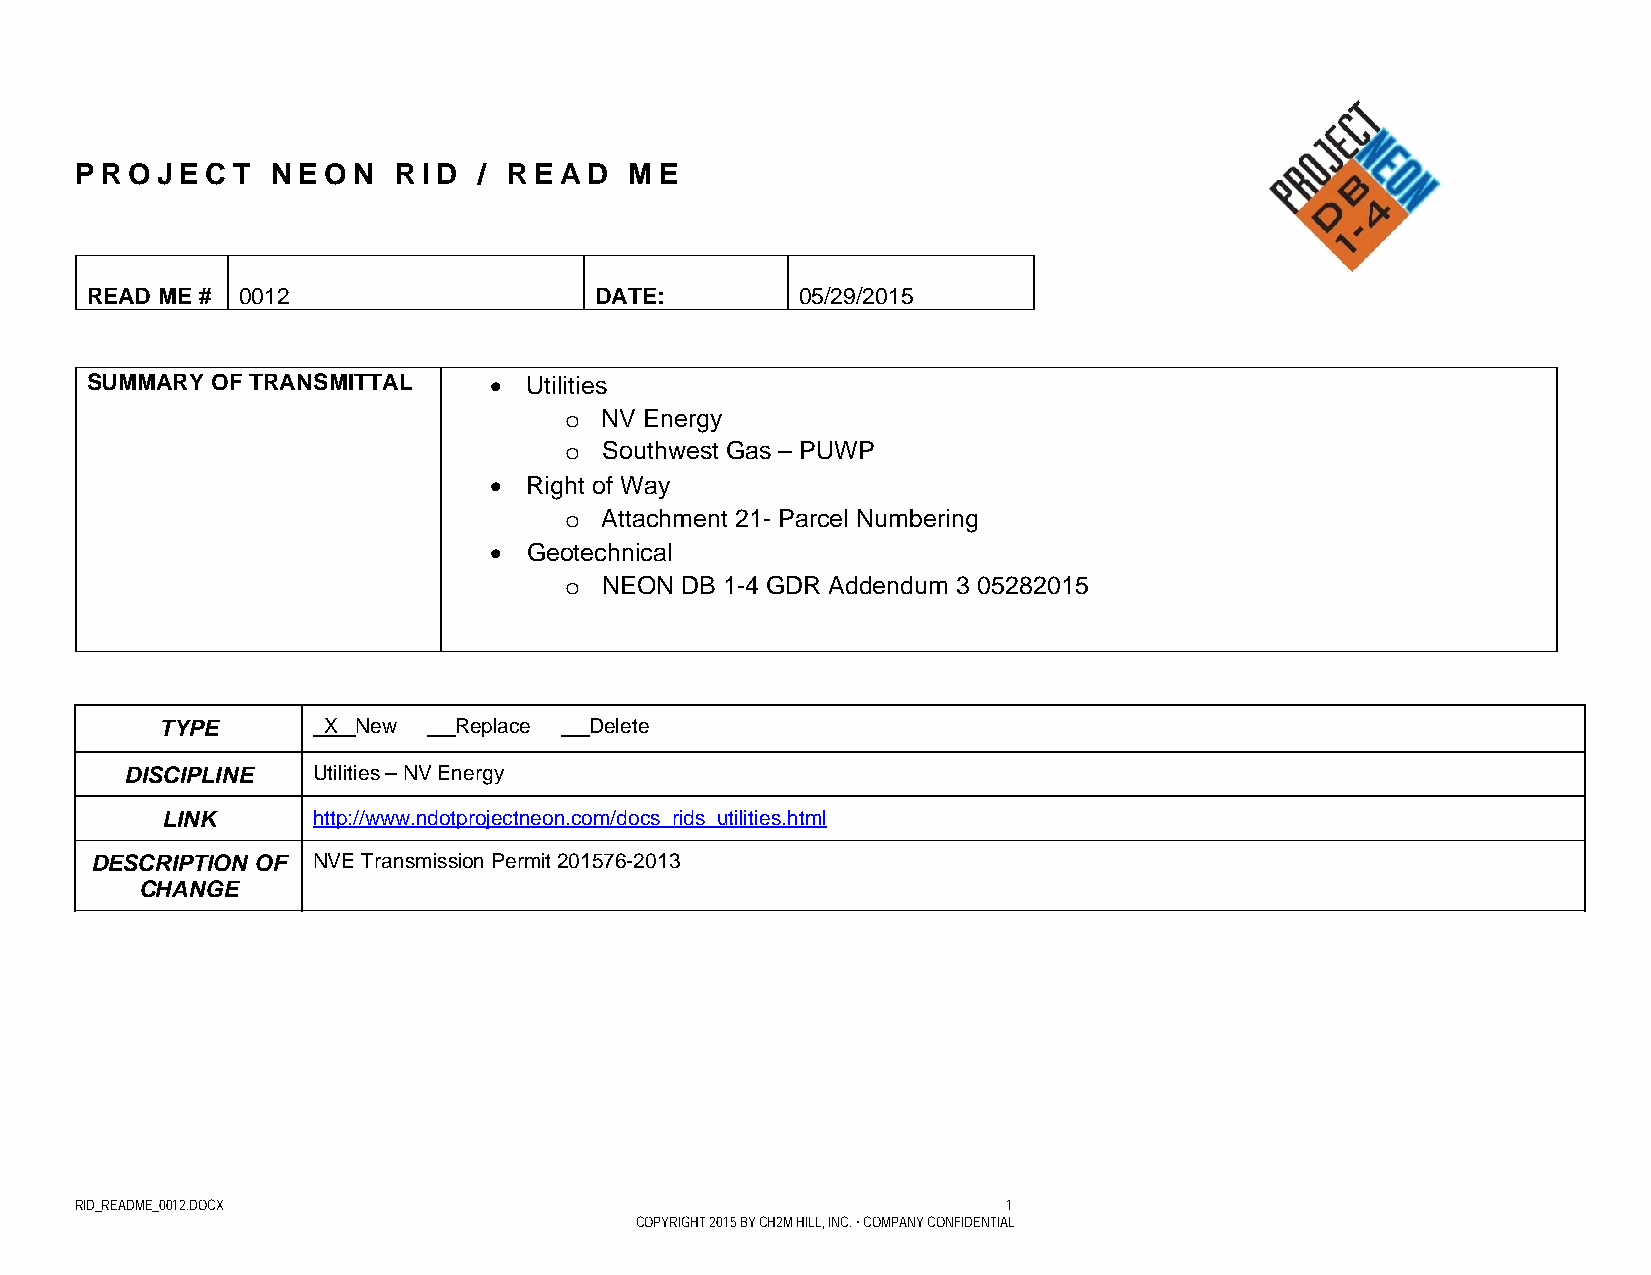
P R O J E C T N E O N R I D / R E A D M E
 READ ME # 0012                   DATE:         05/29/2015
 SUMMARY OF TRANSMITTAL      Utilities
 o  NV Energy
 o  Southwest Gas – PUWP
   Right of Way
 o  Attachment 21- Parcel Numbering
   Geotechnical
 o  NEON DB 1-4 GDR Addendum 3 05282015
 TYPE       X  New   Replace  Delete
 DISCIPLINE   Utilities – NV Energy
 LINK      http://www.ndotprojectneon.com/docs_rids_utilities.html
 DESCRIPTION OF NVE Transmission Permit 201576-2013
 CHANGE
 RID_README_0012.DOCX                                          1
 COPYRIGHT 2015 BY CH2M HILL, INC. • COMPANY CONFIDENTIAL